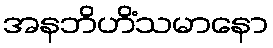
အနဘိဟိံသမာနော